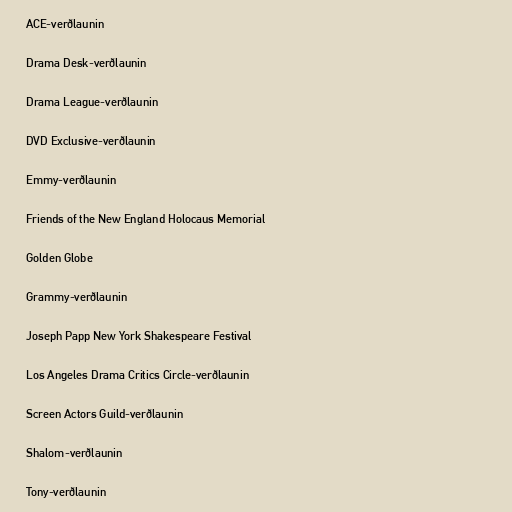
ACE-verðlaunin

Drama Desk-verðlaunin

Drama League-verðlaunin

DVD Exclusive-verðlaunin

Emmy-verðlaunin

Friends of the New England Holocaus Memorial

Golden Globe

Grammy-verðlaunin

Joseph Papp New York Shakespeare Festival

Los Angeles Drama Critics Circle-verðlaunin

Screen Actors Guild-verðlaunin

Shalom-verðlaunin

Tony-verðlaunin